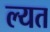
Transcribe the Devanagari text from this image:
ल्यत